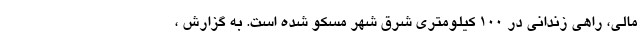
مالی، راهی زندانی در 100 کیلومتری شرق شهر مسکو شده است. به گزارش ،